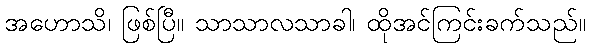
အဟောသိ၊ ဖြစ်ပြီ။ သာသာလသာခါ၊ ထိုအင်ကြင်းခက်သည်။